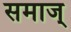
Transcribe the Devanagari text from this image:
समाज्